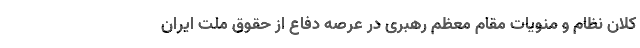
کلان نظام و منویات مقام معظم رهبری در عرصه دفاع از حقوق ملت ایران